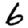
Digit: 6